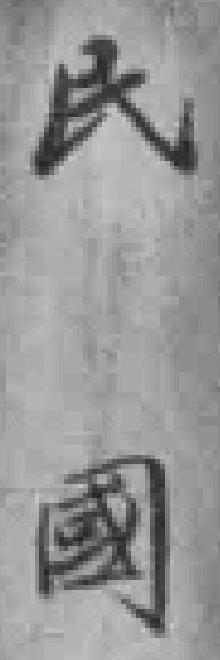
民國